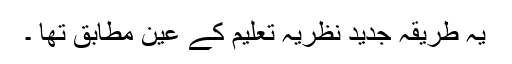
یہ طریقہ جدید نظریۂ تعلیم کے عین مطابق تھا ۔